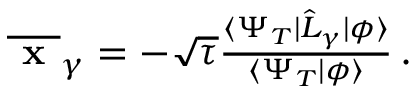
\begin{array} { r } { \overline { { \textbf { x } } } _ { \gamma } = - \sqrt { \tau } \frac { \langle \Psi _ { T } | \hat { L } _ { \gamma } | \phi \rangle } { \langle \Psi _ { T } | \phi \rangle } \, . } \end{array}